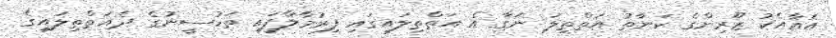
އެއާއެކު ޒޫރިންގެ ކަނާތު އަތްތިލަ ނަގާ އެ އަތްތިލައިގައި ފިރުމާލާފައި ތަހުސީނުގެ ދެއަތްތިލައިގެ